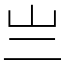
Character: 亗